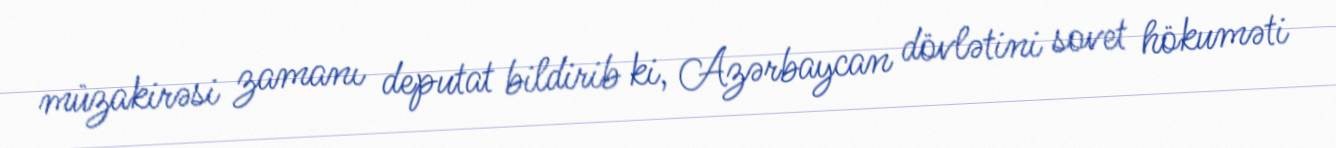
müzakirəsi zamanı deputat bildirib ki, Azərbaycan dövlətini sovet hökuməti